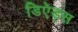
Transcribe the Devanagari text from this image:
डिऐड्स